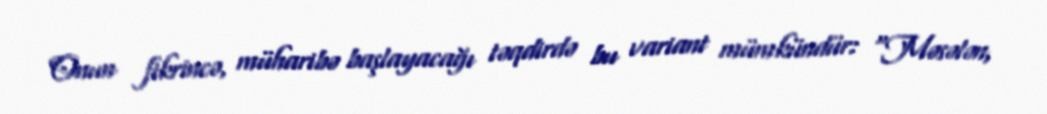
Onun fikrincə, müharibə başlayacağı təqdirdə bu variant mümkündür: “Məsələn,